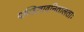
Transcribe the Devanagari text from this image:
पण्डितावनितालताः